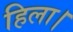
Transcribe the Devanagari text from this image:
हिला।